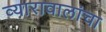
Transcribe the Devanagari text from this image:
व्यारावालांचा